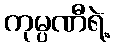
ကုမ္ပဏီရဲ့